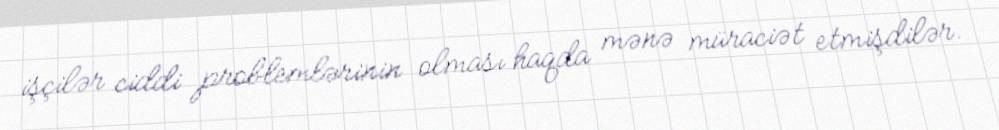
işçilər ciddi problemlərinin olması haqda mənə müraciət etmişdilər.